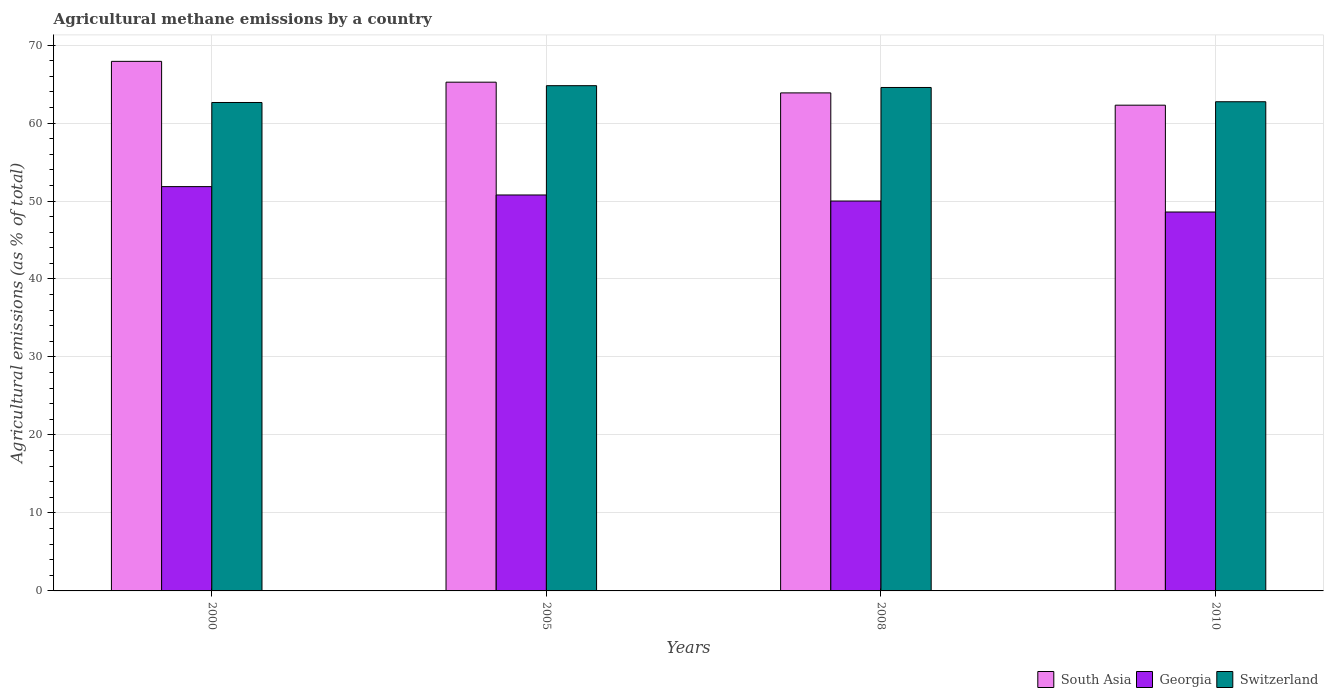
| Years | South Asia | Georgia | Switzerland |
 | --- | --- | --- | --- |
 | 2000 | 67.9 | 51.8 | 62.6 |
 | 2005 | 65.2 | 50.8 | 64.8 |
 | 2008 | 63.9 | 50 | 64.6 |
 | 2010 | 62.3 | 48.6 | 62.7 |